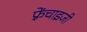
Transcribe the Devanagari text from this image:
फ़्रेंचाइजी